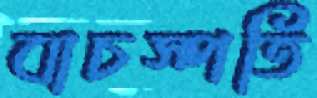
বাচস্পতি